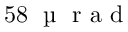
5 8 \; \mathrm { ~ \textmu ~ } \mathrm { ~ r ~ a ~ d ~ }